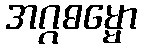
အဂ္ဂဓမ္မော